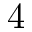
4